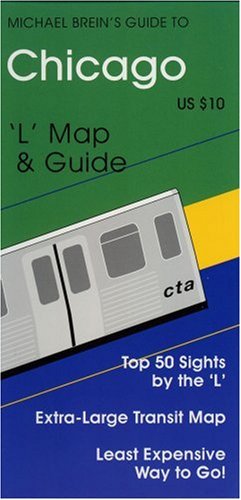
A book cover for Chicago by the 'L' (Michael Brein's Travel Guides) (Michael Brein's Travel Guides) (Michael Brein's Travel Guides); Michael Brein; Travel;